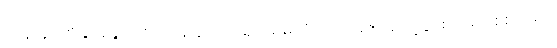
ဘုန်းနှင့်ကံနှင့်ရွှေသဇင်၊ မန်းတောင်ရိပ်၊ မိမိကိုယ်ကို မဲဇာသို့ ပို့ခြင်း၊ မောင်စစ်သည်၊